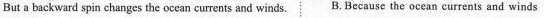
But a backward spin changes the occan currents and winds. B. Because the ocean curreats and winds